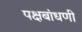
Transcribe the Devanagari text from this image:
पक्षबांधणी